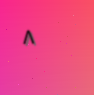
٨